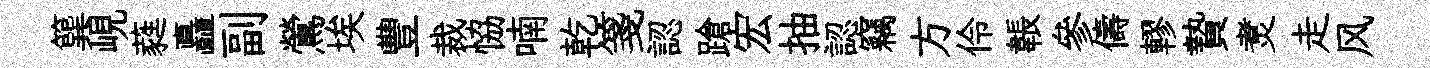
簨峴蕤矗副鶯埃豐裁恊喃乾箋認蹌宏抽認竊方伶韔參儔轇贄煑走风